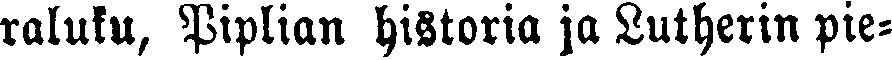
raluku, Piplian historia ja Lutherin pie-